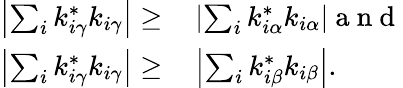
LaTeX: \begin{array}{rl}{\left|\sum_{i}k_{i\gamma}^{*}k_{i\gamma}\right|\geq}&{{}\left|\sum_{i}k_{i\alpha}^{*}k_{i\alpha}\right|\mathrm{~a~n~d~}}\\ {\left|\sum_{i}k_{i\gamma}^{*}k_{i\gamma}\right|\geq}&{{}\left|\sum_{i}k_{i\beta}^{*}k_{i\beta}\right|.}\end{array}